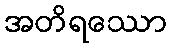
အတိရဿော